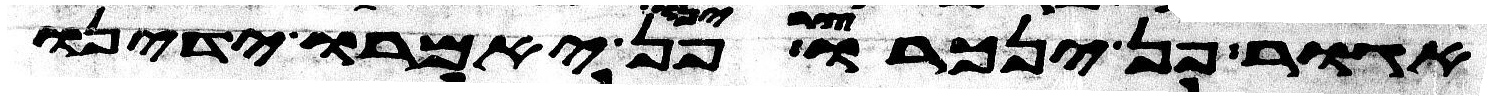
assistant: אגור פן ינכרו צרינו פן יאמרו ידינו